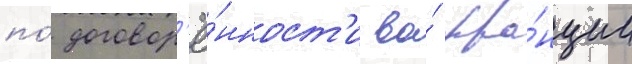
по́ договор'ё́нност'и во́ фра́нции